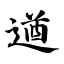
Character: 遒